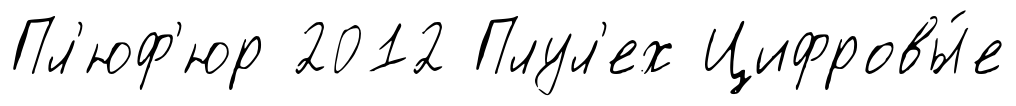
Пл'юф'юр 2012 Плул'ех Цифровы́е